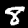
Digit: 8